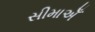
સીમાએઁ